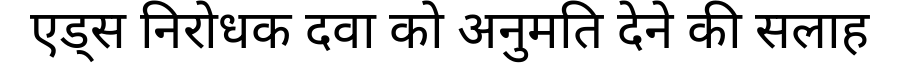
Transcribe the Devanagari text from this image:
एड्स निरोधक दवा को अनुमति देने की सलाह